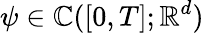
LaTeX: \psi\in\mathbb{C}([0,T];\mathbb{{R}}^{d})